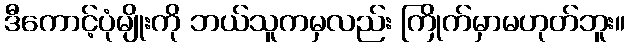
ဒီကောင့်ပုံမျိုးကို ဘယ်သူကမှလည်း ကြိုက်မှာမဟုတ်ဘူး။